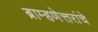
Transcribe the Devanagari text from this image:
ब्राम्हणेत्तरांचे